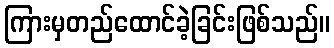
ကြားမှတည်ထောင်ခဲ့ခြင်းဖြစ်သည်။